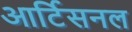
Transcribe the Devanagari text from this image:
आर्टिसनल